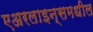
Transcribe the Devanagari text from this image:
एअरलाइन्समधील